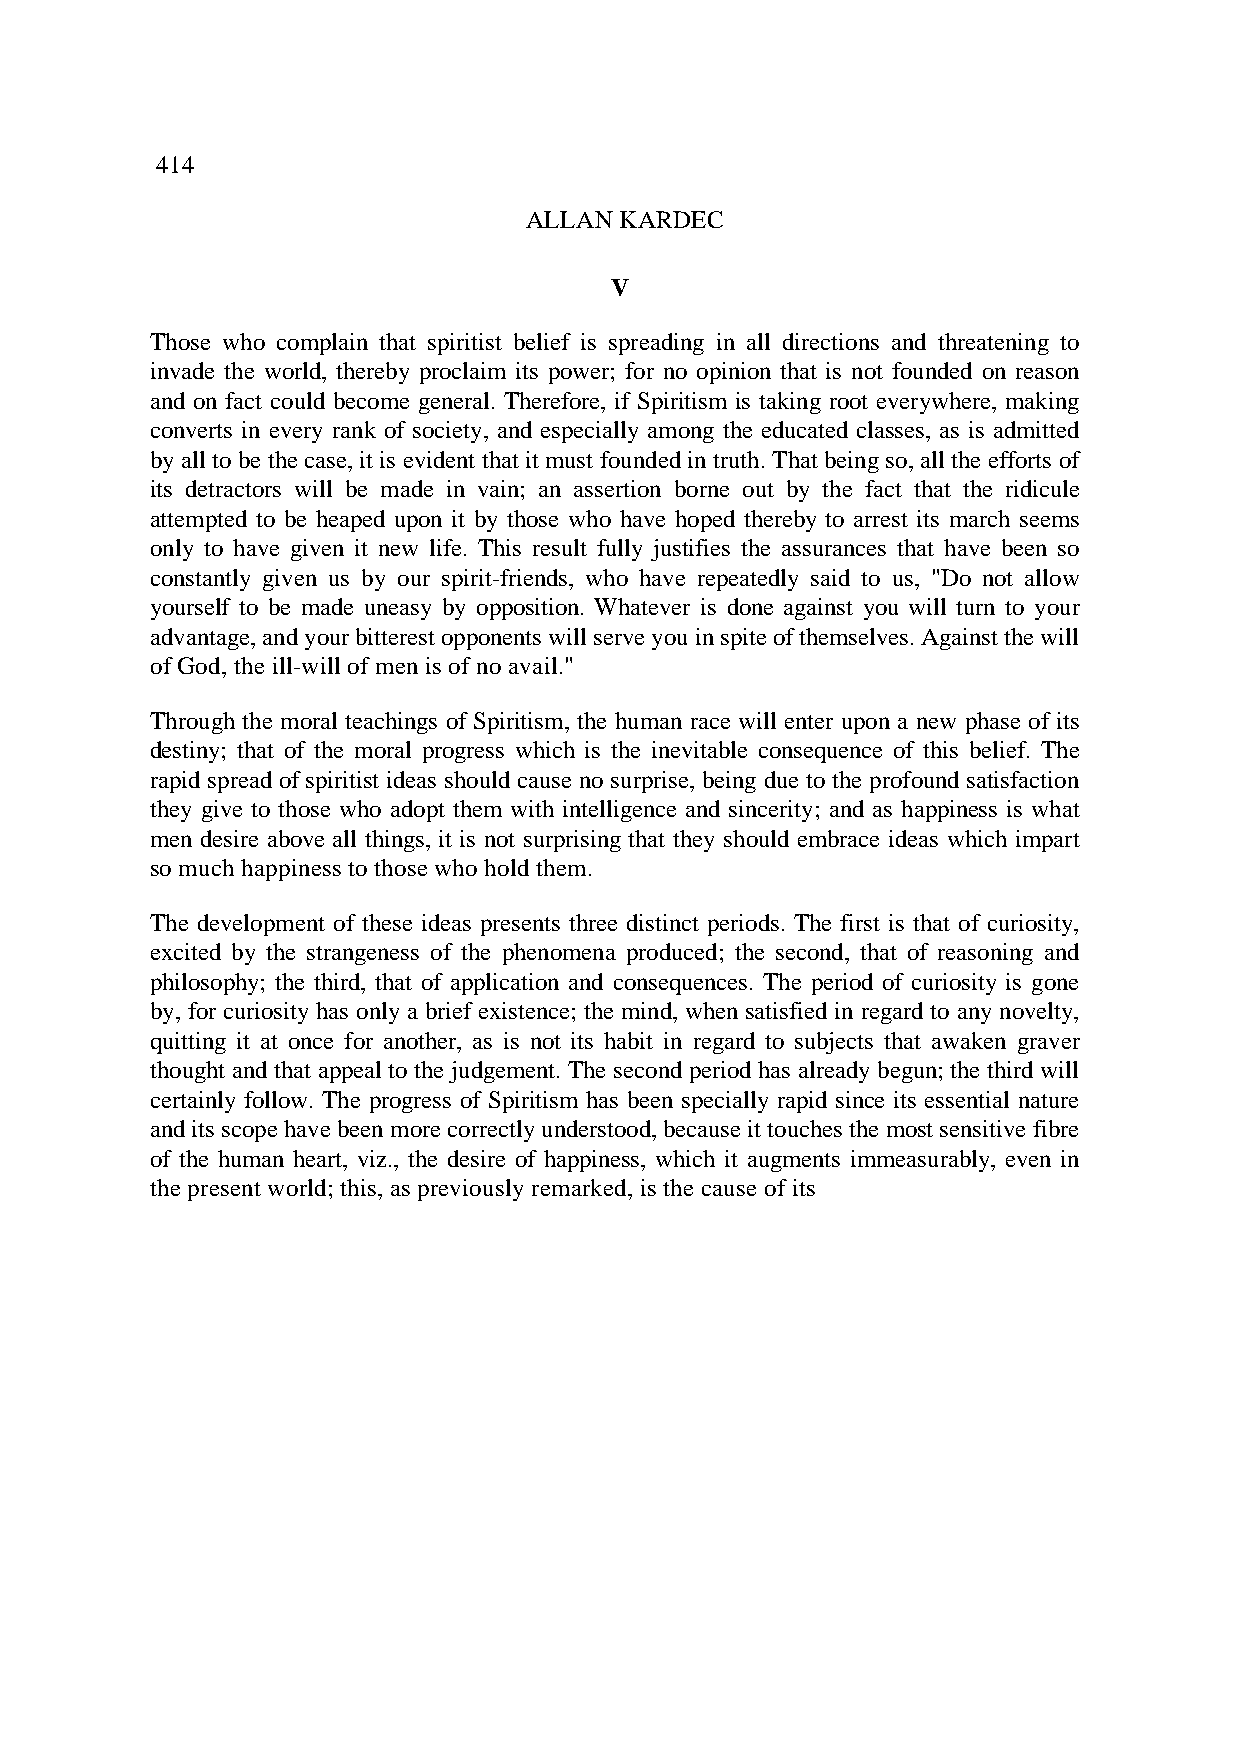
414
 ALLAN KARDEC
 V
 Those who complain that spiritist belief is spreading in all directions and threatening to
 invade the world, thereby proclaim its power; for no opinion that is not founded on reason
 and on fact could become general. Therefore, if Spiritism is taking root everywhere, making
 converts in every rank of society, and especially among the educated classes, as is admitted
 by all to be the case, it is evident that it must founded in truth. That being so, all the efforts of
 its detractors will be made in vain; an assertion borne out by the fact that the ridicule
 attempted to be heaped upon it by those who have hoped thereby to arrest its march seems
 only to have given it new life. This result fully justifies the assurances that have been so
 constantly given us by our spirit-friends, who have repeatedly said to us, "Do not allow
 yourself to be made uneasy by opposition. Whatever is done against you will turn to your
 advantage, and your bitterest opponents will serve you in spite of themselves. Against the will
 of God, the ill-will of men is of no avail."
 Through the moral teachings of Spiritism, the human race will enter upon a new phase of its
 destiny; that of the moral progress which is the inevitable consequence of this belief. The
 rapid spread of spiritist ideas should cause no surprise, being due to the profound satisfaction
 they give to those who adopt them with intelligence and sincerity; and as happiness is what
 men desire above all things, it is not surprising that they should embrace ideas which impart
 so much happiness to those who hold them.
 The development of these ideas presents three distinct periods. The first is that of curiosity,
 excited by the strangeness of the phenomena produced; the second, that of reasoning and
 philosophy; the third, that of application and consequences. The period of curiosity is gone
 by, for curiosity has only a brief existence; the mind, when satisfied in regard to any novelty,
 quitting it at once for another, as is not its habit in regard to subjects that awaken graver
 thought and that appeal to the judgement. The second period has already begun; the third will
 certainly follow. The progress of Spiritism has been specially rapid since its essential nature
 and its scope have been more correctly understood, because it touches the most sensitive fibre
 of the human heart, viz., the desire of happiness, which it augments immeasurably, even in
 the present world; this, as previously remarked, is the cause of its